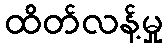
ထိတ်လန့်မှု